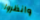
وانظروا